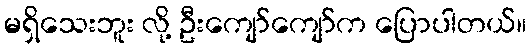
မရှိသေးဘူး လို့ ဦးကျော်ကျော်က ပြောပါတယ်။